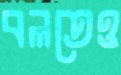
বলতেও